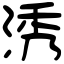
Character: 𣵛